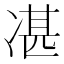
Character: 𠗮